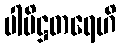
ပါပိဋ္ဌတရေဟိ